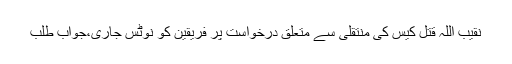
نقیب اللہ قتل کیس کی منتقلی سے متعلق درخواست پر فریقین کو نوٹس جاری،جواب طلب